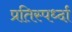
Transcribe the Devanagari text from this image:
प्रतिस्पर्ध्दा